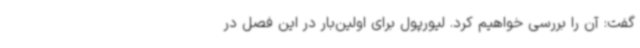
گفت: آن را بررسی خواهیم کرد. لیورپول برای اولین‌بار در این فصل در